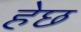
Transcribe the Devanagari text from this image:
हेछ